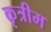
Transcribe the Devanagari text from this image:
कृत्रीम